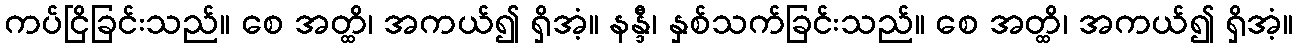
ကပ်ငြိခြင်းသည်။ စေ အတ္ထိ၊ အကယ်၍ ရှိအံ့။ နန္ဒီ၊ နှစ်သက်ခြင်းသည်။ စေ အတ္ထိ၊ အကယ်၍ ရှိအံ့။